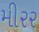
મીરર